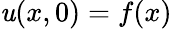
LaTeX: \mathit{u}(x,0)=f(x)